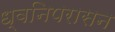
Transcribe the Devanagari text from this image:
ध्वनिपरासन